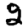
Digit: 2